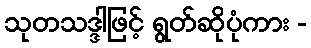
သုတသဒ္ဒါဖြင့် ရွတ်ဆိုပုံကား -